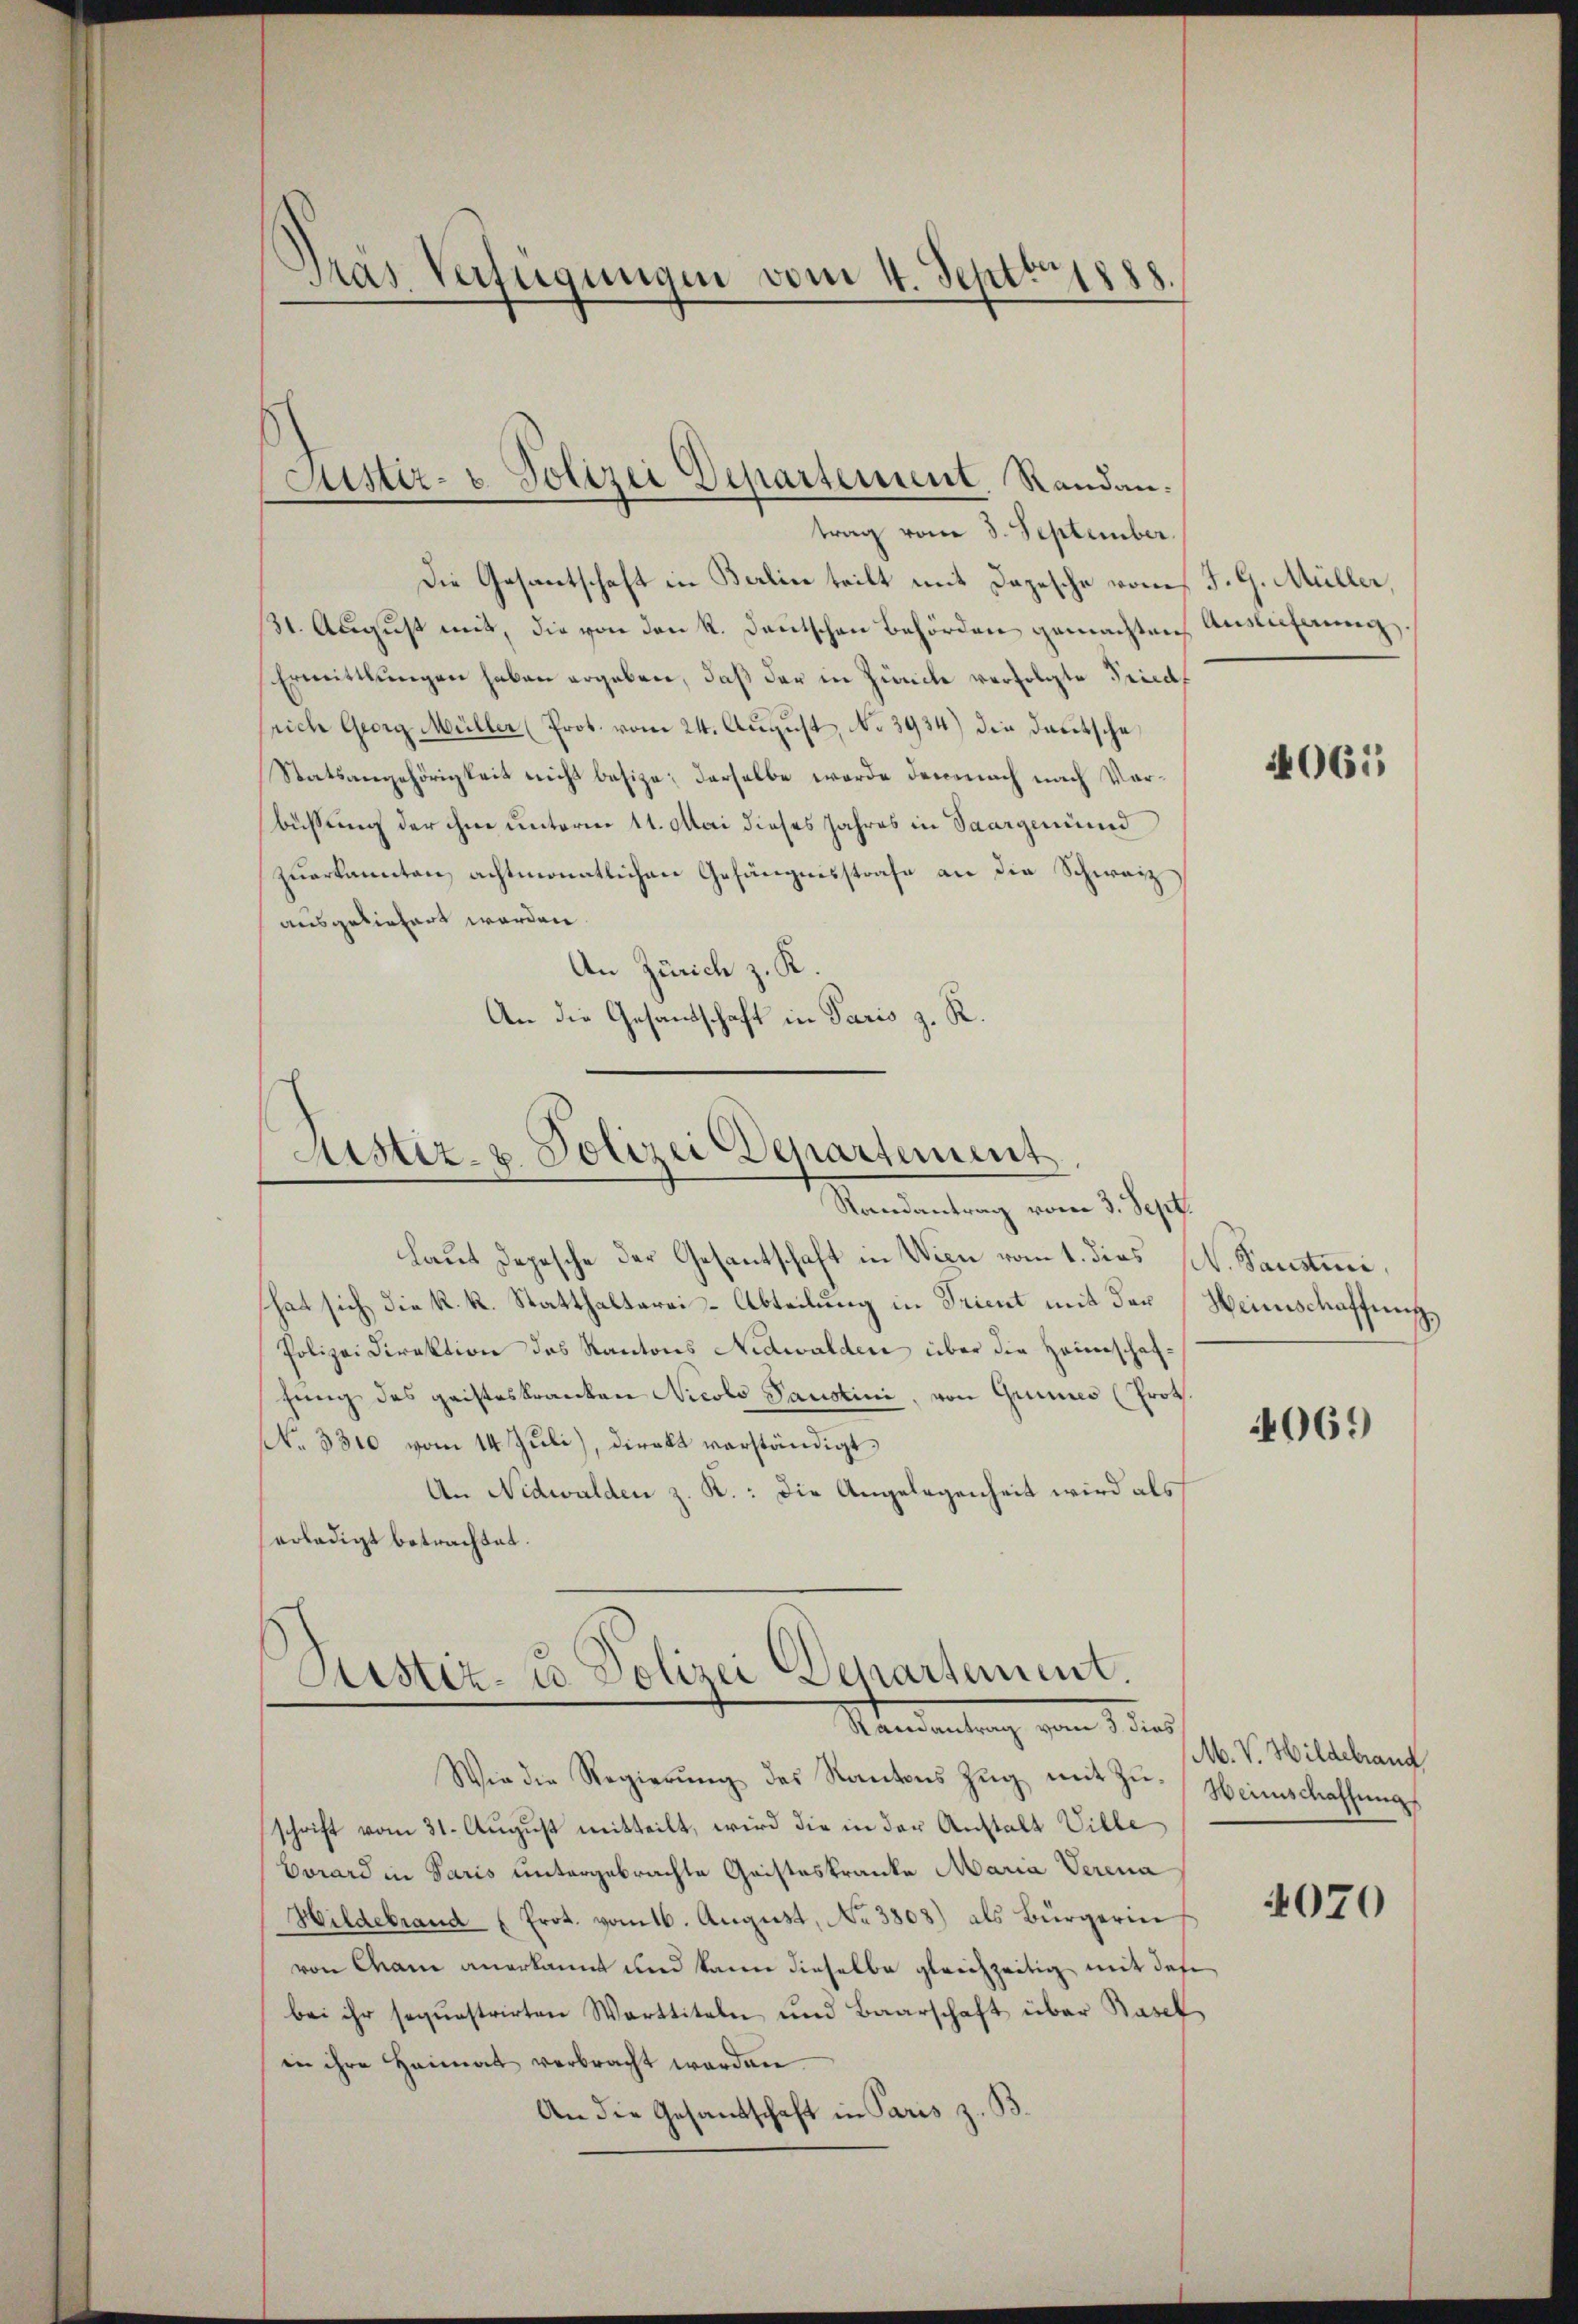
Dras Verfügungen vom 4. Septbr.

Die Gesantschaft in Baline teilt mit Depesche vom J. G. Müller,
31. August mit, die von den k. Deutschen Behörden gemachten Auslichnung.
Ermittlungen haben ergeben, daß der in Zürich verfolgte Tricasrich Georg Müller (Prot. vom 24. August, No 3934) die Deutsche
Statsangehörigkeit nicht besize; derselbe werde demnach nach Vorbüssung der ihm unterm 11. Mai dieses Jahres in Saargemind
zuerkannten, achtmonatlichen Gefängnisstrafe an die Schweiz
ausgeliefert worden.
An Zürich z. K.
An die Gesandtschaft in Paris z. R.

Astiz- u. Polizei Departement. Randantrag vom 3. September.

Aistiz- u. Polizei Departement
Randantrag vom 3. Sept.

laut Depesche der Gesantschaft in Wien vom 1. dies M. Paustri
hat sich die k. k. Statthalterai-Abteilung in Trient mit der Heimschaffung,
Polizei Direktion des Kantons Nidwalden über die Hauerschafgung des gaisteskranken Nicolo Paustini, von Grunes (Prot.
No. 3300 vom 14. Juli), Direkt verständigt
An Nidwalden z. K.: Die Angelegenheit wird als
erledigt betrachtet.

Sistiz- u. Polizei Departement.
Mandantung vom 1ter

Wie die Regierŭng des Kantons Zŭg mit Zŭ-
schrift vom 31. August mitteilt, wird die in der Anstalt Ville
Evrard in Paris untergebrachte Geisteskranke Maria Verena
Hildebrand (Prot. vom 16. August, No 3808) als Bürgerin
von Mann anerkannt und kann dieselbe gleichzeitig mit des
bei ihr sequestrirten Warttiteln und Baarschaft über Basel
in ihre Heimat verbracht worden
An die Gesandtschaft in Paris z. B.

4061

4069

M. V. Hildebrand
Weinschaffung

4070